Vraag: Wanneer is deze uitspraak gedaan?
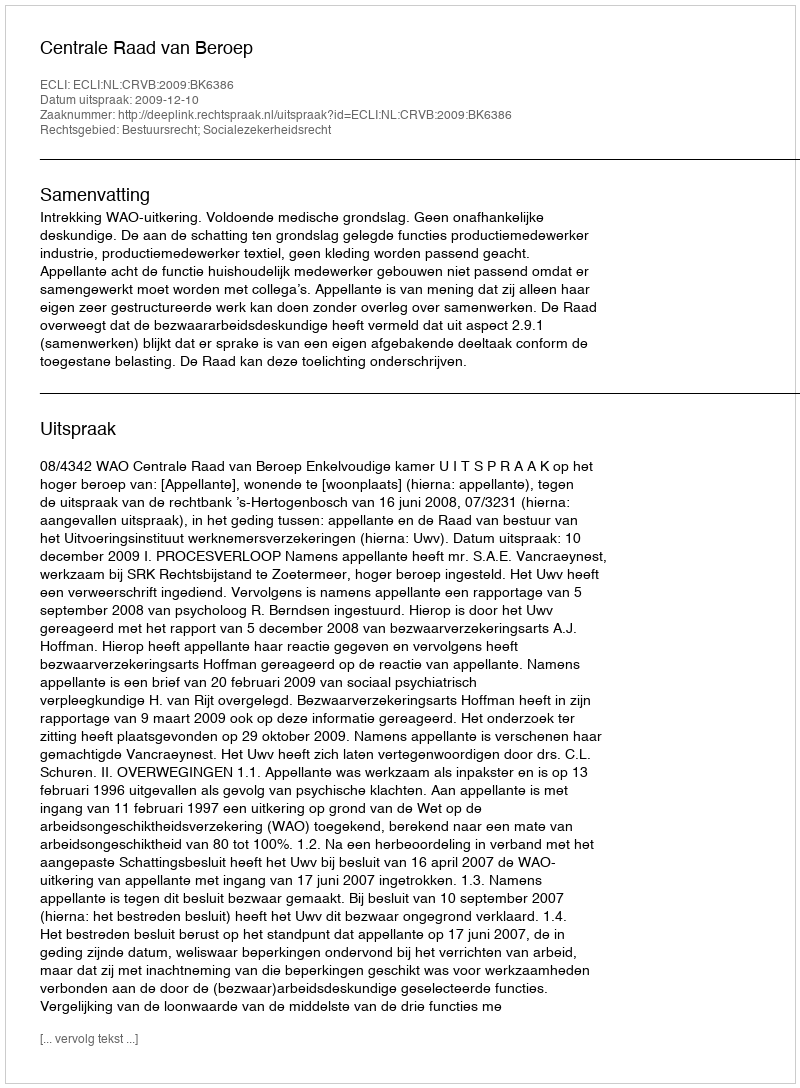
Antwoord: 2009-12-10